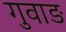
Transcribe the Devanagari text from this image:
गुवाङ